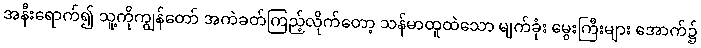
အနီးရောက်၍ သူ့ကိုကျွန်တော် အကဲခတ်ကြည့်လိုက်တော့ သန်မာထူထဲသော မျက်ခုံး မွေးကြီးများ အောက်၌